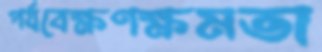
পর্যবেক্ষণক্ষমতা